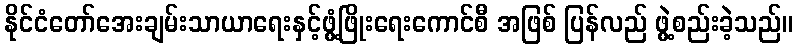
နိုင်ငံတော်အေးချမ်းသာယာရေးနှင့်ဖွံ့ဖြိုးရေးကောင်စီ အဖြစ် ပြန်လည် ဖွဲ့စည်းခဲ့သည်။